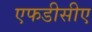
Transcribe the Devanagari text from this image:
एफडीसीए